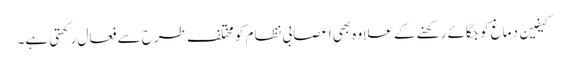
کیفین دماغ کو جگائے رکھنے کے علاوہ بھی اعصابی نظام کو مختلف طرح سے فعال رکھتی ہے۔